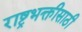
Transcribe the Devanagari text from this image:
राष्ट्रभक्तीसाठी